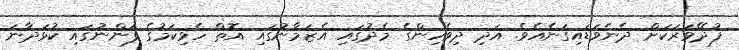
ފުދޭވަރަކަށް ދެނެވަޑައިގަނެއެވެ. އަދި ދިވެހިންގެ މެދުގައި އެޒަމާނުގައި އޮތް ހެވިކަމުގެ ފަންނުގައި ކުޅަދާނަ